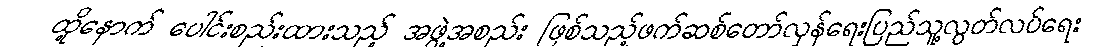
ထို့နောက် ပေါင်းစည်းထားသည့် အဖွဲ့အစည်း ဖြစ်သည့်ဖက်ဆစ်တော်လှန်ရေးပြည်သူ့လွတ်လပ်ရေး